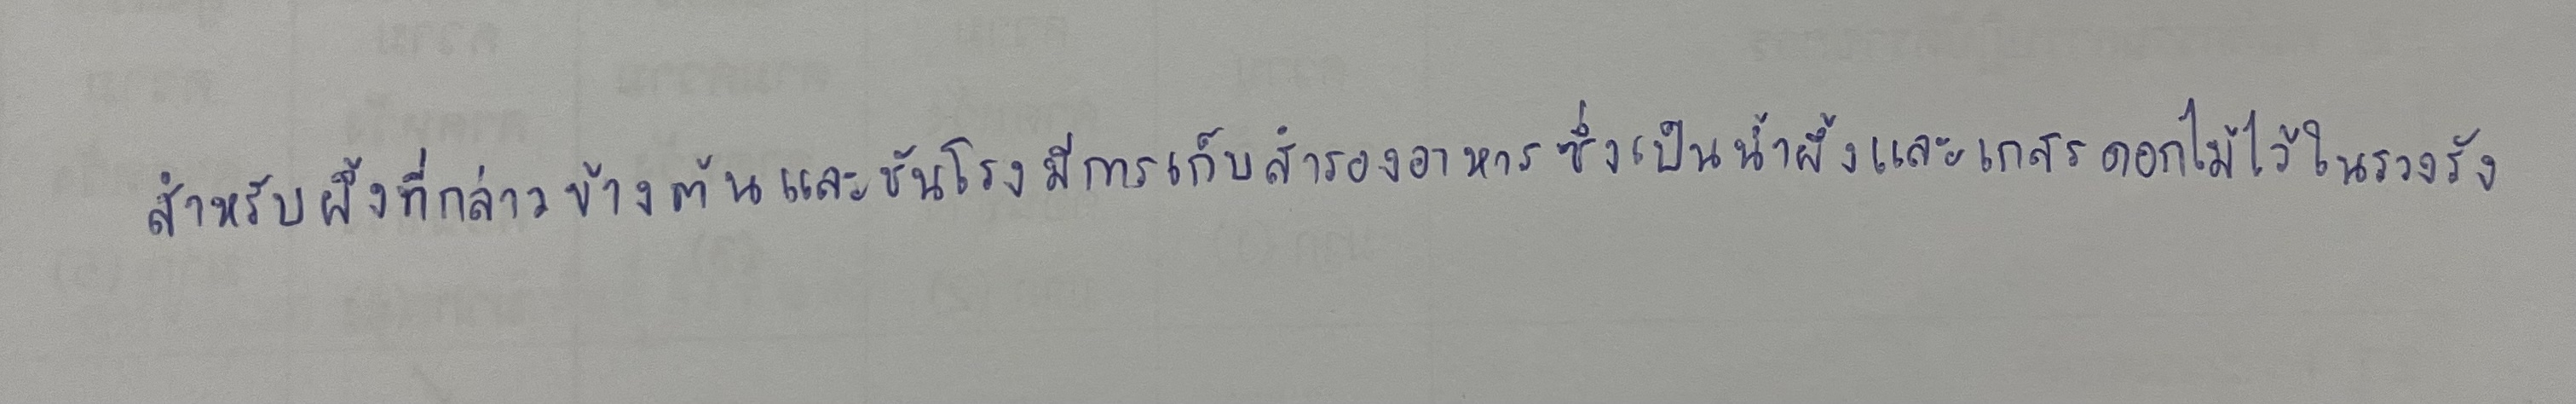
สำหรับผึ้งที่กล่าวข้างต้นและชันโรงมีการเก็บสำรองอาหารซึ่งเป็นน้ำผึ้งและเกสรดอกไม้ไว้ในรวงรัง